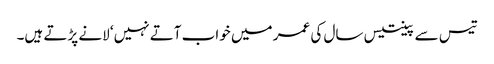
تیس سے پینتیس سال کی عمر میں خواب آتے نہیں‘ لانے پڑتے ہیں۔